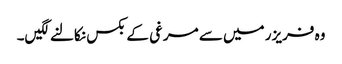
وہ فریزر میں سے مرغی کے بکس نکالنے لگیں۔